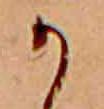
か